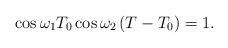
LaTeX: \begin{align*}\cos\omega_{1}T_{0}\cos\omega_{2}\left(T-T_{0}\right)=1.\end{align*}